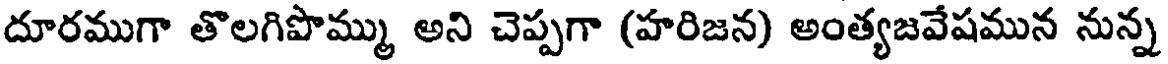
దూరముగా తొలగిపొమ్ము అని చెప్పగా (హరిజన) అంత్యజవేషమున నున్న